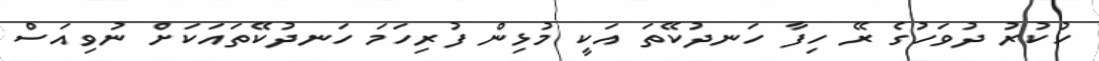
ހުކުރު ދުވަހުގެ ރޭ ހިފާ ހަނދުކޭތަ އަކީ މުޅިން ފުރިހަމަ ހަނދުކޭތައަކަށް ނުވިއަސް